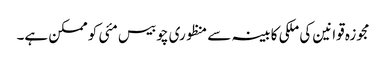
مجوزہ قوانین کی ملکی کابینہ سے منظوری چوبیس مئی کو ممکن ہے۔